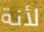
لأنة